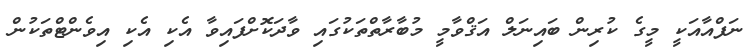
ނަފްއާއަކީ މީގެ ކުރިން ބައިނަލް އަޤްވާމީ މުބާރާތްތަކުގައި ވާދަކޮށްފައިވާ އެކި އެކި އިވެންޓްތަކުން